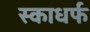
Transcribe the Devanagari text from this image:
स्काधर्फ